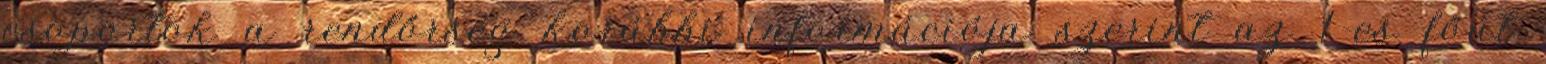
csoportok a rendőrség korábbi információja szerint az 1-es főút